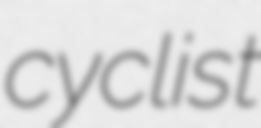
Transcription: cyclist